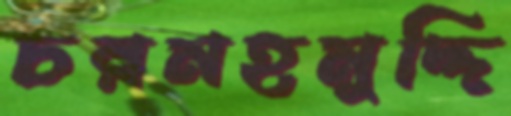
চরমহমুদ্দি